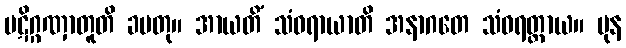
ပဋိဂ္ဂဏှာတူတိ ခမတု။ အာယတိံ သံဝရာယာတိ အနာဂတေ သံဝရတ္ထာယ။ ပုန